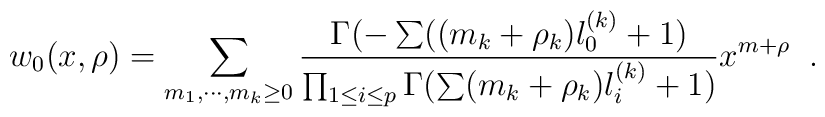
w_0(x,\rho)=\sum_{m_1,\cdots,m_k \geq 0}{\Gamma(-\sum((m_k+\rho_k)l_0^{(k)}+1) \over \prod_{1\leq i \leq p}  \Gamma(\sum(m_k+\rho_k)l_i^{(k)}+1) } x^{m+\rho} \;\;.